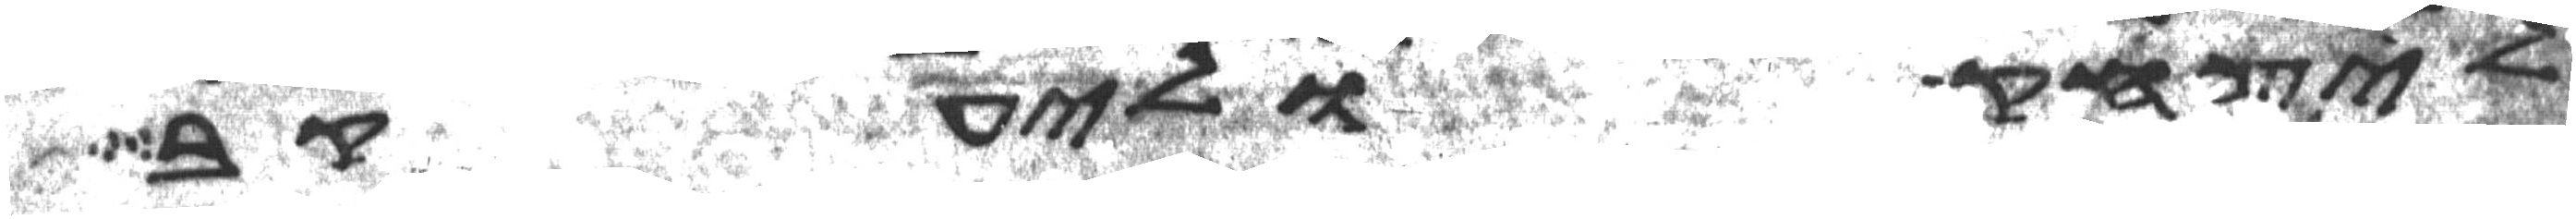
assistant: ליצחק וליעקב